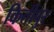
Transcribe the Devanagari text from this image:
किर्तीपुर